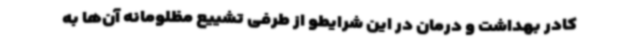
کادر بهداشت و درمان در این شرایطو از طرفی تشییع مظلومانه آن‌ها به